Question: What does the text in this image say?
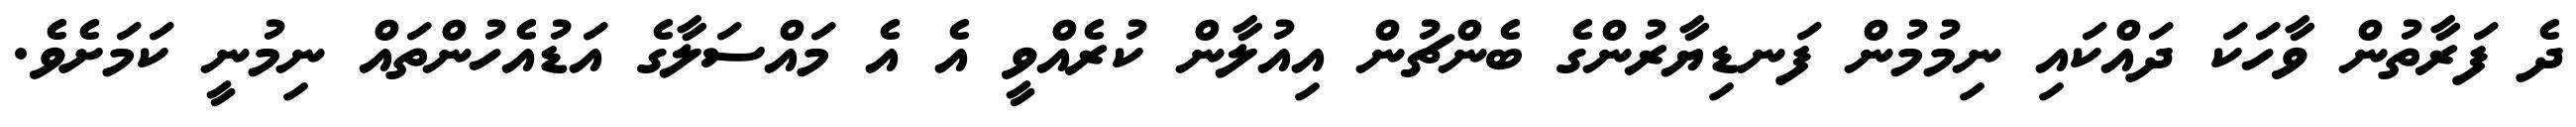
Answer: ދެ ފަރާތުން ވާހަކަ ދައްކައި ނިމުމުން ފަނޑިޔާރުންގެ ބެންޗުން އިއުލާން ކުރެއްވީ އެ އެ މައްސަލާގެ އަޑުއެހުންތައް ނިމުނީ ކަމަށެވެ.